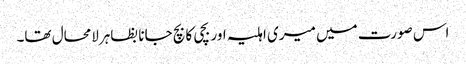
اس صورت میں میری اہلیہ اور بچی کا بچ جانا بظاہرلامحال تھا۔